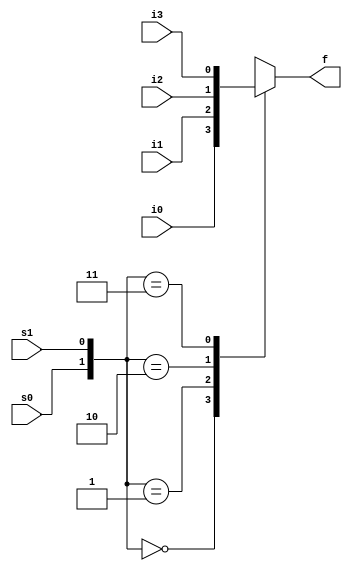
module mux4to1(i0, i1, i2, i3, s0, s1, f);
	input i0, i1, i2, i3, s0, s1;
	output reg f;
	
	always @(i0 or i1 or i2 or i3 or s0 or s1)
	begin
		case({s0, s1})
			2'b00: f = i0;
			2'b01: f = i1;
			2'b10: f = i2;
			2'b11: f = i3;
		endcase
	end
endmodule